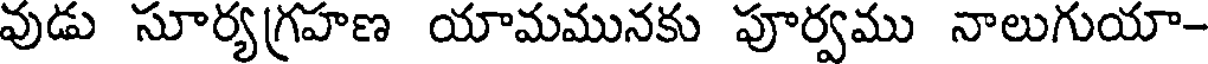
వుడు సూర్యగ్రహణ యామమునకు పూర్వము నాలుగుయా-